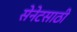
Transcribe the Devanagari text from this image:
सेनेटसाठी